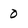
Character: 0